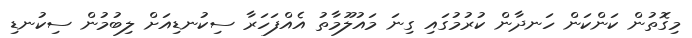
މިގޮތުން ކަންކަން ހަނދާން ކުރުމުގައި ގިނަ މައުލޫމާތު އެއްފަހަރާ ސިކުނޑިއަށް ލިބުމުން ސިކުނޑި